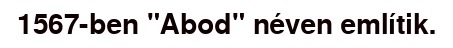
1567-ben "Abod" néven említik.